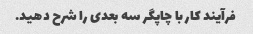
فرآیند کار با چاپگر سه بعدی را شرح دهید.